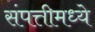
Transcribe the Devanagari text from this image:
संपत्तीमध्ये